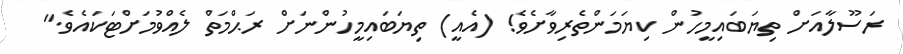
ރަސޫލާއަށް ތިޔަބައިމީހުން ކިޔަމަންތެރިވާށެވެ! (އެއީ) ތިޔަބައިމީހުންނަށް ރަޙްމަތް ލެއްވުމަށްޓަކައެވެ."